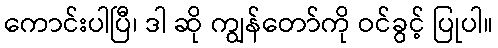
ကောင်းပါပြီ၊ ဒါ ဆို ကျွန်တော်ကို ဝင်ခွင့် ပြုပါ။